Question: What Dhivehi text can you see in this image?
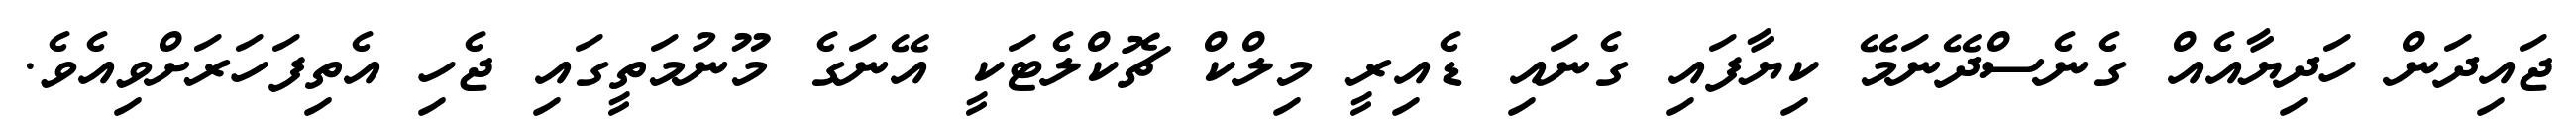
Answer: ޖައިދަން ހަދިޔާއެއް ގެނެސްދޭނަމޭ ކިޔާފައި ގެނައި ޑެއިރީ މިލްކް ޗޮކްލެޓަކީ އޭނަގެ މޫނުމަތީގައި ޖެހި އެތިފަހަރަށްވިއެވެ.